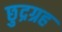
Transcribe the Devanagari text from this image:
छुद्रग्रह